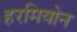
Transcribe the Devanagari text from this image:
हरमियोन